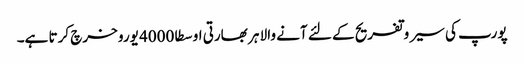
پورپ کی سیر وتفریح کے لئے آنے والا ہر بھارتی اوسطا 4000 یورو خرچ کرتا ہے۔